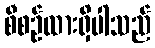
စီစဉ်ထားရှိပါသည်